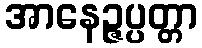
အာနေဉ္ဇပ္ပတ္တာ